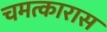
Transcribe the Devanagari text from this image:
चमत्कारास